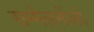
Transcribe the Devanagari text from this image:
सम्मेलनोंको